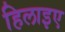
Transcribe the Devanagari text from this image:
हिलाइए